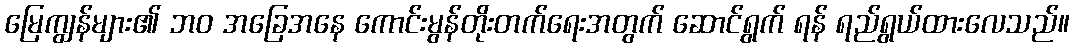
မြေကျွန်များ၏ ဘဝ အခြေအနေ ကောင်းမွန်တိုးတက်ရေးအတွက် ဆောင်ရွက် ရန် ရည်ရွယ်ထားလေသည်။